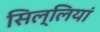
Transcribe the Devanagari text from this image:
सिल्लियां